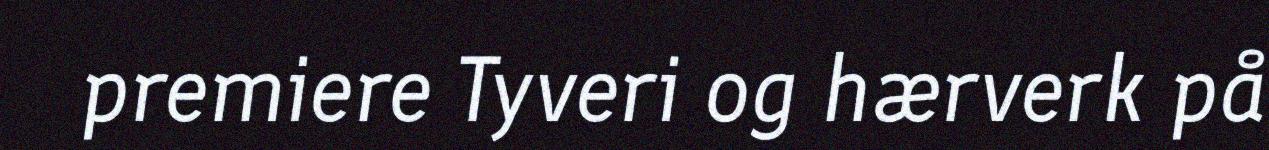
premiere Tyveri og hærverk på